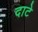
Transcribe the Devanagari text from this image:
दाटे